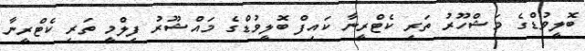
ބޮލީވުޑްގެ މަޝްހޫރު ތަރި ކެޓްރީނާ ކައިފް ބޮލީވުޑްގެ މައްޝޫރު ފިލްމީ ތަރި ކެޓްރީނާ